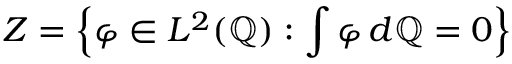
Z = \left\{ \varphi \in L ^ { 2 } ( \mathbb { Q } ) : \int \varphi \, d \mathbb { Q } = 0 \right\}